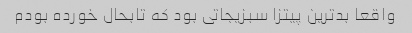
واقعا بدترین پیتزا سبزیجاتی بود که تابحال خورده بودم